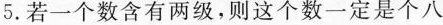
5.若一个数含有两级，则这个数一定是个八